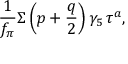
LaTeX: \frac { 1 } { f _ { \pi } } \Sigma \left( p + \frac { q } { 2 } \right) \gamma _ { 5 } \, \tau ^ { a } ,